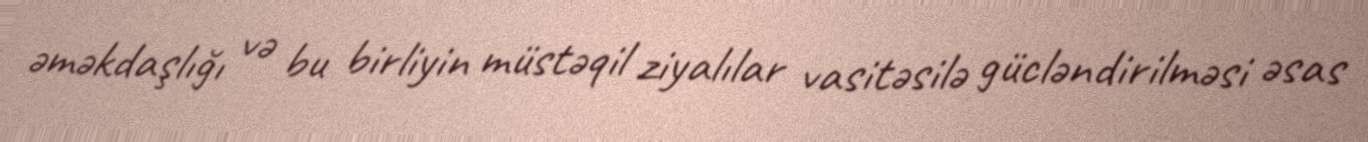
əməkdaşlığı və bu birliyin müstəqil ziyalılar vasitəsilə gücləndirilməsi əsas